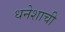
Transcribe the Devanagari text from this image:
धनेशाची